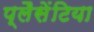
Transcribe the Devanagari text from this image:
प्लैसेंटिया